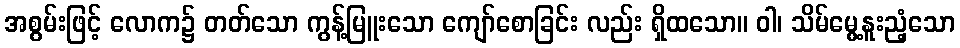
အစွမ်းဖြင့် လောက၌ တတ်သော ကွန့်မြူးသော ကျော်စောခြင်း လည်း ရှိထသော။ ဝါ၊ သိမ်မွေ့နူးညံ့သော